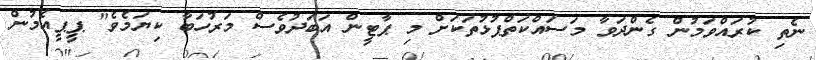
ނެތި ކުރައްވަމުން ގެންދަވާ މަސައްކަތްޕުޅުތަކަށް މި ޕާޓީން އަބަދުވެސް މަރުހަބާ ކިޔަމެވެ" ޕީޕީއެމުން